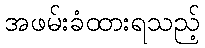
အဖမ်းခံထားရသည့်